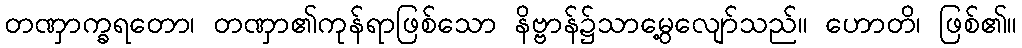
တဏှာက္ခရတော၊ တဏှာ၏ကုန်ရာဖြစ်သော နိဗ္ဗာန်၌သာမွေ့လျော်သည်။ ဟောတိ၊ ဖြစ်၏။